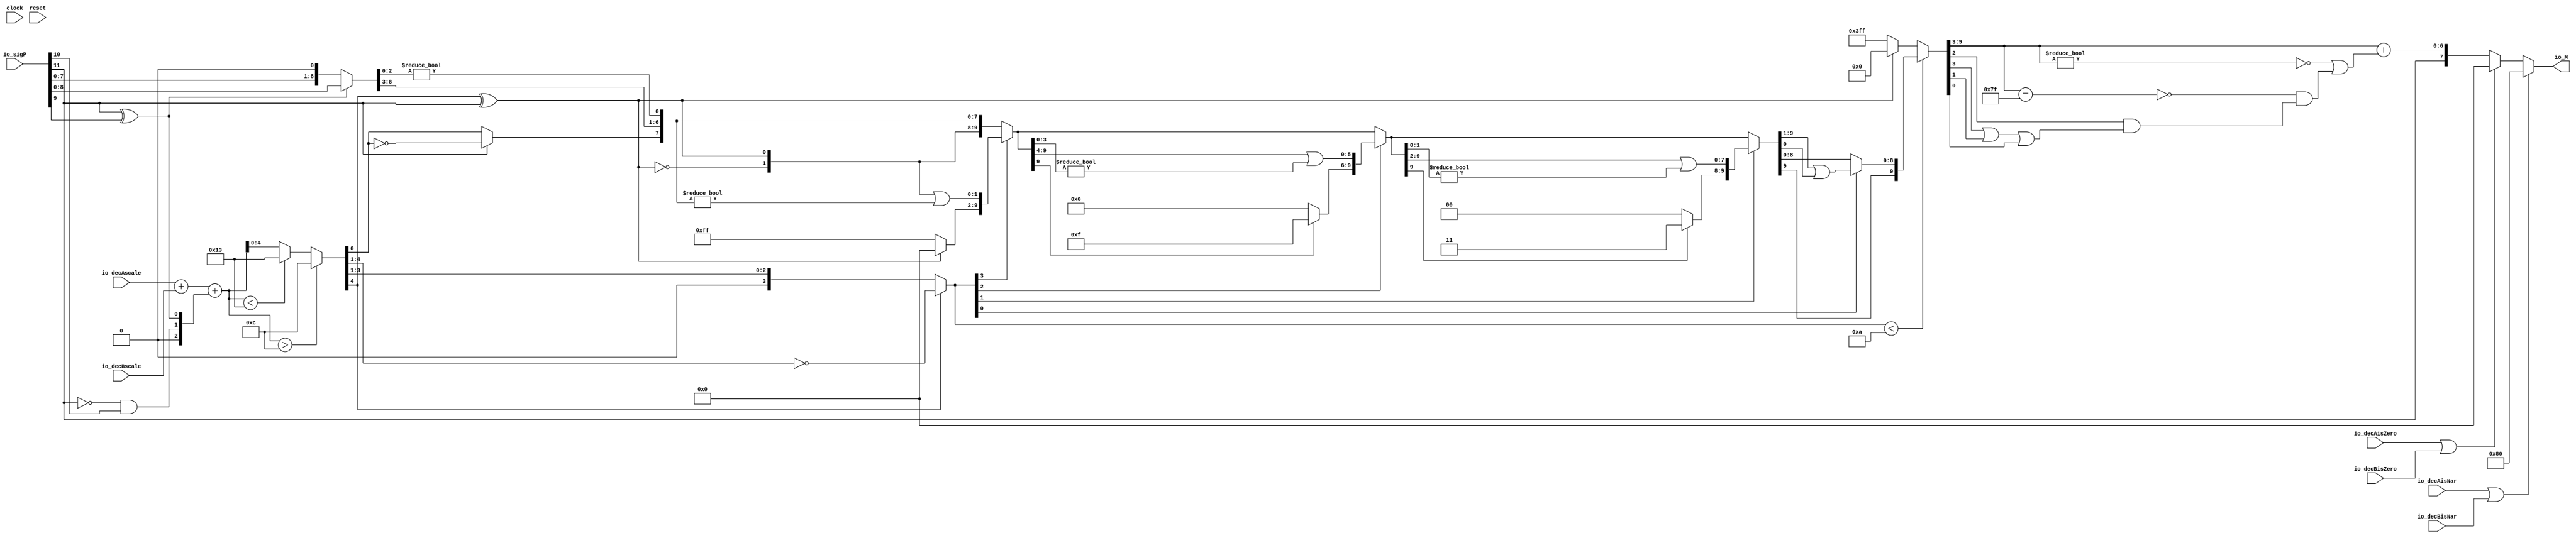
module PositMulEnc8_1(
  input         clock,
  input         reset,
  input  [11:0] io_sigP,
  input  [4:0]  io_decAscale,
  input  [4:0]  io_decBscale,
  input         io_decAisNar,
  input         io_decBisNar,
  input         io_decAisZero,
  input         io_decBisZero,
  output [7:0]  io_M
);
  wire [1:0] head2; // @[PositMulEnc.scala 24:33]
  wire  _T; // @[PositMulEnc.scala 25:31]
  wire  _T_1; // @[PositMulEnc.scala 25:25]
  wire  _T_2; // @[PositMulEnc.scala 25:42]
  wire  addTwo; // @[PositMulEnc.scala 25:35]
  wire  _T_3; // @[PositMulEnc.scala 27:26]
  wire  _T_4; // @[PositMulEnc.scala 27:55]
  wire  addOne; // @[PositMulEnc.scala 27:46]
  wire [1:0] _T_5; // @[Cat.scala 29:58]
  wire [2:0] expBias; // @[PositMulEnc.scala 28:39]
  wire [8:0] _T_6; // @[PositMulEnc.scala 31:84]
  wire [7:0] _T_7; // @[PositMulEnc.scala 32:84]
  wire [8:0] _T_8; // @[PositMulEnc.scala 32:107]
  wire [8:0] frac; // @[PositMulEnc.scala 29:22]
  wire [5:0] _T_9; // @[PositMulEnc.scala 35:32]
  wire [5:0] _GEN_0; // @[PositMulEnc.scala 35:48]
  wire [5:0] _T_11; // @[PositMulEnc.scala 35:48]
  wire [5:0] mulScale; // @[PositMulEnc.scala 35:48]
  wire  underflow; // @[PositMulEnc.scala 36:28]
  wire  overflow; // @[PositMulEnc.scala 37:28]
  wire  decM_sign; // @[PositMulEnc.scala 40:32]
  wire [5:0] _T_14; // @[Mux.scala 87:16]
  wire [5:0] _T_15; // @[Mux.scala 87:16]
  wire [3:0] decM_fraction; // @[PositMulEnc.scala 48:29]
  wire  decM_isNaR; // @[PositMulEnc.scala 49:33]
  wire  decM_isZero; // @[PositMulEnc.scala 50:34]
  wire [4:0] grsTmp; // @[PositMulEnc.scala 53:30]
  wire [1:0] _T_19; // @[PositMulEnc.scala 56:32]
  wire [2:0] _T_20; // @[PositMulEnc.scala 56:48]
  wire  _T_21; // @[PositMulEnc.scala 56:52]
  wire [4:0] _GEN_1; // @[PositMulEnc.scala 39:23 PositMulEnc.scala 41:17]
  wire [4:0] decM_scale; // @[PositMulEnc.scala 39:23 PositMulEnc.scala 41:17]
  wire  _T_24; // @[convert.scala 46:61]
  wire  _T_25; // @[convert.scala 46:52]
  wire  _T_27; // @[convert.scala 46:42]
  wire [3:0] _T_28; // @[convert.scala 48:34]
  wire  _T_29; // @[convert.scala 49:36]
  wire [3:0] _T_31; // @[convert.scala 50:36]
  wire [3:0] _T_32; // @[convert.scala 50:36]
  wire [3:0] _T_33; // @[convert.scala 50:28]
  wire  _T_34; // @[convert.scala 51:31]
  wire  _T_35; // @[convert.scala 52:43]
  wire [9:0] _T_39; // @[Cat.scala 29:58]
  wire [3:0] _T_40; // @[Shift.scala 39:17]
  wire  _T_41; // @[Shift.scala 39:24]
  wire [1:0] _T_43; // @[Shift.scala 90:30]
  wire [7:0] _T_44; // @[Shift.scala 90:48]
  wire  _T_45; // @[Shift.scala 90:57]
  wire [1:0] _GEN_2; // @[Shift.scala 90:39]
  wire [1:0] _T_46; // @[Shift.scala 90:39]
  wire  _T_47; // @[Shift.scala 12:21]
  wire  _T_48; // @[Shift.scala 12:21]
  wire [7:0] _T_50; // @[Bitwise.scala 71:12]
  wire [9:0] _T_51; // @[Cat.scala 29:58]
  wire [9:0] _T_52; // @[Shift.scala 91:22]
  wire [2:0] _T_53; // @[Shift.scala 92:77]
  wire [5:0] _T_54; // @[Shift.scala 90:30]
  wire [3:0] _T_55; // @[Shift.scala 90:48]
  wire  _T_56; // @[Shift.scala 90:57]
  wire [5:0] _GEN_3; // @[Shift.scala 90:39]
  wire [5:0] _T_57; // @[Shift.scala 90:39]
  wire  _T_58; // @[Shift.scala 12:21]
  wire  _T_59; // @[Shift.scala 12:21]
  wire [3:0] _T_61; // @[Bitwise.scala 71:12]
  wire [9:0] _T_62; // @[Cat.scala 29:58]
  wire [9:0] _T_63; // @[Shift.scala 91:22]
  wire [1:0] _T_64; // @[Shift.scala 92:77]
  wire [7:0] _T_65; // @[Shift.scala 90:30]
  wire [1:0] _T_66; // @[Shift.scala 90:48]
  wire  _T_67; // @[Shift.scala 90:57]
  wire [7:0] _GEN_4; // @[Shift.scala 90:39]
  wire [7:0] _T_68; // @[Shift.scala 90:39]
  wire  _T_69; // @[Shift.scala 12:21]
  wire  _T_70; // @[Shift.scala 12:21]
  wire [1:0] _T_72; // @[Bitwise.scala 71:12]
  wire [9:0] _T_73; // @[Cat.scala 29:58]
  wire [9:0] _T_74; // @[Shift.scala 91:22]
  wire  _T_75; // @[Shift.scala 92:77]
  wire [8:0] _T_76; // @[Shift.scala 90:30]
  wire  _T_77; // @[Shift.scala 90:48]
  wire [8:0] _GEN_5; // @[Shift.scala 90:39]
  wire [8:0] _T_79; // @[Shift.scala 90:39]
  wire  _T_81; // @[Shift.scala 12:21]
  wire [9:0] _T_82; // @[Cat.scala 29:58]
  wire [9:0] _T_83; // @[Shift.scala 91:22]
  wire [9:0] _T_86; // @[Bitwise.scala 71:12]
  wire [9:0] _T_87; // @[Shift.scala 39:10]
  wire  _T_88; // @[convert.scala 55:31]
  wire  _T_89; // @[convert.scala 56:31]
  wire  _T_90; // @[convert.scala 57:31]
  wire  _T_91; // @[convert.scala 58:31]
  wire [6:0] _T_92; // @[convert.scala 59:69]
  wire  _T_93; // @[convert.scala 59:81]
  wire  _T_94; // @[convert.scala 59:50]
  wire  _T_96; // @[convert.scala 60:81]
  wire  _T_97; // @[convert.scala 61:44]
  wire  _T_98; // @[convert.scala 61:52]
  wire  _T_99; // @[convert.scala 61:36]
  wire  _T_100; // @[convert.scala 62:63]
  wire  _T_101; // @[convert.scala 62:103]
  wire  _T_102; // @[convert.scala 62:60]
  wire [6:0] _GEN_6; // @[convert.scala 63:56]
  wire [6:0] _T_105; // @[convert.scala 63:56]
  wire [7:0] _T_106; // @[Cat.scala 29:58]
  wire [7:0] _T_108; // @[Mux.scala 87:16]
  assign head2 = io_sigP[11:10]; // @[PositMulEnc.scala 24:33]
  assign _T = head2[1]; // @[PositMulEnc.scala 25:31]
  assign _T_1 = ~ _T; // @[PositMulEnc.scala 25:25]
  assign _T_2 = head2[0]; // @[PositMulEnc.scala 25:42]
  assign addTwo = _T_1 & _T_2; // @[PositMulEnc.scala 25:35]
  assign _T_3 = io_sigP[11]; // @[PositMulEnc.scala 27:26]
  assign _T_4 = io_sigP[9]; // @[PositMulEnc.scala 27:55]
  assign addOne = _T_3 ^ _T_4; // @[PositMulEnc.scala 27:46]
  assign _T_5 = {addTwo,addOne}; // @[Cat.scala 29:58]
  assign expBias = {1'b0,$signed(_T_5)}; // @[PositMulEnc.scala 28:39]
  assign _T_6 = io_sigP[8:0]; // @[PositMulEnc.scala 31:84]
  assign _T_7 = io_sigP[7:0]; // @[PositMulEnc.scala 32:84]
  assign _T_8 = {_T_7, 1'h0}; // @[PositMulEnc.scala 32:107]
  assign frac = addOne ? _T_6 : _T_8; // @[PositMulEnc.scala 29:22]
  assign _T_9 = $signed(io_decAscale) + $signed(io_decBscale); // @[PositMulEnc.scala 35:32]
  assign _GEN_0 = {{3{expBias[2]}},expBias}; // @[PositMulEnc.scala 35:48]
  assign _T_11 = $signed(_T_9) + $signed(_GEN_0); // @[PositMulEnc.scala 35:48]
  assign mulScale = $signed(_T_11); // @[PositMulEnc.scala 35:48]
  assign underflow = $signed(mulScale) < $signed(-6'shd); // @[PositMulEnc.scala 36:28]
  assign overflow = $signed(mulScale) > $signed(6'shc); // @[PositMulEnc.scala 37:28]
  assign decM_sign = io_sigP[11:11]; // @[PositMulEnc.scala 40:32]
  assign _T_14 = underflow ? $signed(-6'shd) : $signed(mulScale); // @[Mux.scala 87:16]
  assign _T_15 = overflow ? $signed(6'shc) : $signed(_T_14); // @[Mux.scala 87:16]
  assign decM_fraction = frac[8:5]; // @[PositMulEnc.scala 48:29]
  assign decM_isNaR = io_decAisNar | io_decBisNar; // @[PositMulEnc.scala 49:33]
  assign decM_isZero = io_decAisZero | io_decBisZero; // @[PositMulEnc.scala 50:34]
  assign grsTmp = frac[4:0]; // @[PositMulEnc.scala 53:30]
  assign _T_19 = grsTmp[4:3]; // @[PositMulEnc.scala 56:32]
  assign _T_20 = grsTmp[2:0]; // @[PositMulEnc.scala 56:48]
  assign _T_21 = _T_20 != 3'h0; // @[PositMulEnc.scala 56:52]
  assign _GEN_1 = _T_15[4:0]; // @[PositMulEnc.scala 39:23 PositMulEnc.scala 41:17]
  assign decM_scale = $signed(_GEN_1); // @[PositMulEnc.scala 39:23 PositMulEnc.scala 41:17]
  assign _T_24 = decM_scale[0]; // @[convert.scala 46:61]
  assign _T_25 = ~ _T_24; // @[convert.scala 46:52]
  assign _T_27 = decM_sign ? _T_25 : _T_24; // @[convert.scala 46:42]
  assign _T_28 = decM_scale[4:1]; // @[convert.scala 48:34]
  assign _T_29 = _T_28[3:3]; // @[convert.scala 49:36]
  assign _T_31 = ~ _T_28; // @[convert.scala 50:36]
  assign _T_32 = $signed(_T_31); // @[convert.scala 50:36]
  assign _T_33 = _T_29 ? $signed(_T_32) : $signed(_T_28); // @[convert.scala 50:28]
  assign _T_34 = _T_29 ^ decM_sign; // @[convert.scala 51:31]
  assign _T_35 = ~ _T_34; // @[convert.scala 52:43]
  assign _T_39 = {_T_35,_T_34,_T_27,decM_fraction,_T_19,_T_21}; // @[Cat.scala 29:58]
  assign _T_40 = $unsigned(_T_33); // @[Shift.scala 39:17]
  assign _T_41 = _T_40 < 4'ha; // @[Shift.scala 39:24]
  assign _T_43 = _T_39[9:8]; // @[Shift.scala 90:30]
  assign _T_44 = _T_39[7:0]; // @[Shift.scala 90:48]
  assign _T_45 = _T_44 != 8'h0; // @[Shift.scala 90:57]
  assign _GEN_2 = {{1'd0}, _T_45}; // @[Shift.scala 90:39]
  assign _T_46 = _T_43 | _GEN_2; // @[Shift.scala 90:39]
  assign _T_47 = _T_40[3]; // @[Shift.scala 12:21]
  assign _T_48 = _T_39[9]; // @[Shift.scala 12:21]
  assign _T_50 = _T_48 ? 8'hff : 8'h0; // @[Bitwise.scala 71:12]
  assign _T_51 = {_T_50,_T_46}; // @[Cat.scala 29:58]
  assign _T_52 = _T_47 ? _T_51 : _T_39; // @[Shift.scala 91:22]
  assign _T_53 = _T_40[2:0]; // @[Shift.scala 92:77]
  assign _T_54 = _T_52[9:4]; // @[Shift.scala 90:30]
  assign _T_55 = _T_52[3:0]; // @[Shift.scala 90:48]
  assign _T_56 = _T_55 != 4'h0; // @[Shift.scala 90:57]
  assign _GEN_3 = {{5'd0}, _T_56}; // @[Shift.scala 90:39]
  assign _T_57 = _T_54 | _GEN_3; // @[Shift.scala 90:39]
  assign _T_58 = _T_53[2]; // @[Shift.scala 12:21]
  assign _T_59 = _T_52[9]; // @[Shift.scala 12:21]
  assign _T_61 = _T_59 ? 4'hf : 4'h0; // @[Bitwise.scala 71:12]
  assign _T_62 = {_T_61,_T_57}; // @[Cat.scala 29:58]
  assign _T_63 = _T_58 ? _T_62 : _T_52; // @[Shift.scala 91:22]
  assign _T_64 = _T_53[1:0]; // @[Shift.scala 92:77]
  assign _T_65 = _T_63[9:2]; // @[Shift.scala 90:30]
  assign _T_66 = _T_63[1:0]; // @[Shift.scala 90:48]
  assign _T_67 = _T_66 != 2'h0; // @[Shift.scala 90:57]
  assign _GEN_4 = {{7'd0}, _T_67}; // @[Shift.scala 90:39]
  assign _T_68 = _T_65 | _GEN_4; // @[Shift.scala 90:39]
  assign _T_69 = _T_64[1]; // @[Shift.scala 12:21]
  assign _T_70 = _T_63[9]; // @[Shift.scala 12:21]
  assign _T_72 = _T_70 ? 2'h3 : 2'h0; // @[Bitwise.scala 71:12]
  assign _T_73 = {_T_72,_T_68}; // @[Cat.scala 29:58]
  assign _T_74 = _T_69 ? _T_73 : _T_63; // @[Shift.scala 91:22]
  assign _T_75 = _T_64[0:0]; // @[Shift.scala 92:77]
  assign _T_76 = _T_74[9:1]; // @[Shift.scala 90:30]
  assign _T_77 = _T_74[0:0]; // @[Shift.scala 90:48]
  assign _GEN_5 = {{8'd0}, _T_77}; // @[Shift.scala 90:39]
  assign _T_79 = _T_76 | _GEN_5; // @[Shift.scala 90:39]
  assign _T_81 = _T_74[9]; // @[Shift.scala 12:21]
  assign _T_82 = {_T_81,_T_79}; // @[Cat.scala 29:58]
  assign _T_83 = _T_75 ? _T_82 : _T_74; // @[Shift.scala 91:22]
  assign _T_86 = _T_48 ? 10'h3ff : 10'h0; // @[Bitwise.scala 71:12]
  assign _T_87 = _T_41 ? _T_83 : _T_86; // @[Shift.scala 39:10]
  assign _T_88 = _T_87[3]; // @[convert.scala 55:31]
  assign _T_89 = _T_87[2]; // @[convert.scala 56:31]
  assign _T_90 = _T_87[1]; // @[convert.scala 57:31]
  assign _T_91 = _T_87[0]; // @[convert.scala 58:31]
  assign _T_92 = _T_87[9:3]; // @[convert.scala 59:69]
  assign _T_93 = _T_92 != 7'h0; // @[convert.scala 59:81]
  assign _T_94 = ~ _T_93; // @[convert.scala 59:50]
  assign _T_96 = _T_92 == 7'h7f; // @[convert.scala 60:81]
  assign _T_97 = _T_88 | _T_90; // @[convert.scala 61:44]
  assign _T_98 = _T_97 | _T_91; // @[convert.scala 61:52]
  assign _T_99 = _T_89 & _T_98; // @[convert.scala 61:36]
  assign _T_100 = ~ _T_96; // @[convert.scala 62:63]
  assign _T_101 = _T_100 & _T_99; // @[convert.scala 62:103]
  assign _T_102 = _T_94 | _T_101; // @[convert.scala 62:60]
  assign _GEN_6 = {{6'd0}, _T_102}; // @[convert.scala 63:56]
  assign _T_105 = _T_92 + _GEN_6; // @[convert.scala 63:56]
  assign _T_106 = {decM_sign,_T_105}; // @[Cat.scala 29:58]
  assign _T_108 = decM_isZero ? 8'h0 : _T_106; // @[Mux.scala 87:16]
  assign io_M = decM_isNaR ? 8'h80 : _T_108; // @[PositMulEnc.scala 64:8]
endmodule